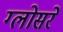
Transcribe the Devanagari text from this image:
ग्लोसरे